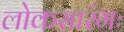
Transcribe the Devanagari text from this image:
लोकसारंगः